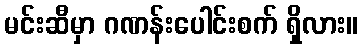
မင်းဆီမှာ ဂဏန်းပေါင်းစက် ရှိလား။